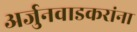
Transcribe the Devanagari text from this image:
अर्जुनवाडकरांना